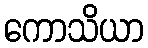
ကောသိယာ